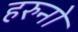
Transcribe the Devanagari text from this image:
हरुनो